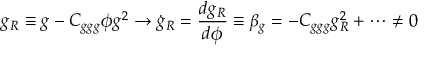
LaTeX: g _ { R } \equiv g - C _ { g g g } \phi g ^ { 2 } \to \dot { g } _ { R } = { \frac { d g _ { R } } { d \phi } } \equiv \beta _ { g } = - C _ { g g g } g _ { R } ^ { 2 } + \cdots \not = 0